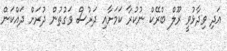
އަދި ވިދާޅުވީ ރޫލް ބްރޭކް ނުކުރާ ކަމަށާއި ދަރުސް ވަގުތުން ދުރަށް ދައްކަން